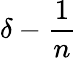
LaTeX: \delta-{\frac{1}{n}}